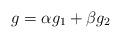
LaTeX: \begin{align*}g=\alpha g_1+\beta g_2 \end{align*}